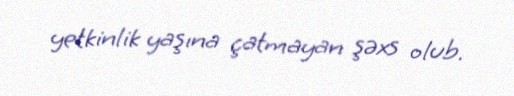
yetkinlik yaşına çatmayan şəxs olub.